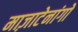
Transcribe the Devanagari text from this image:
माज़ाटेनांगो